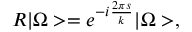
R | \Omega > = e ^ { - i \frac { 2 \pi s } { k } } | \Omega > ,